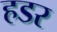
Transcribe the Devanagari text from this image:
हडर